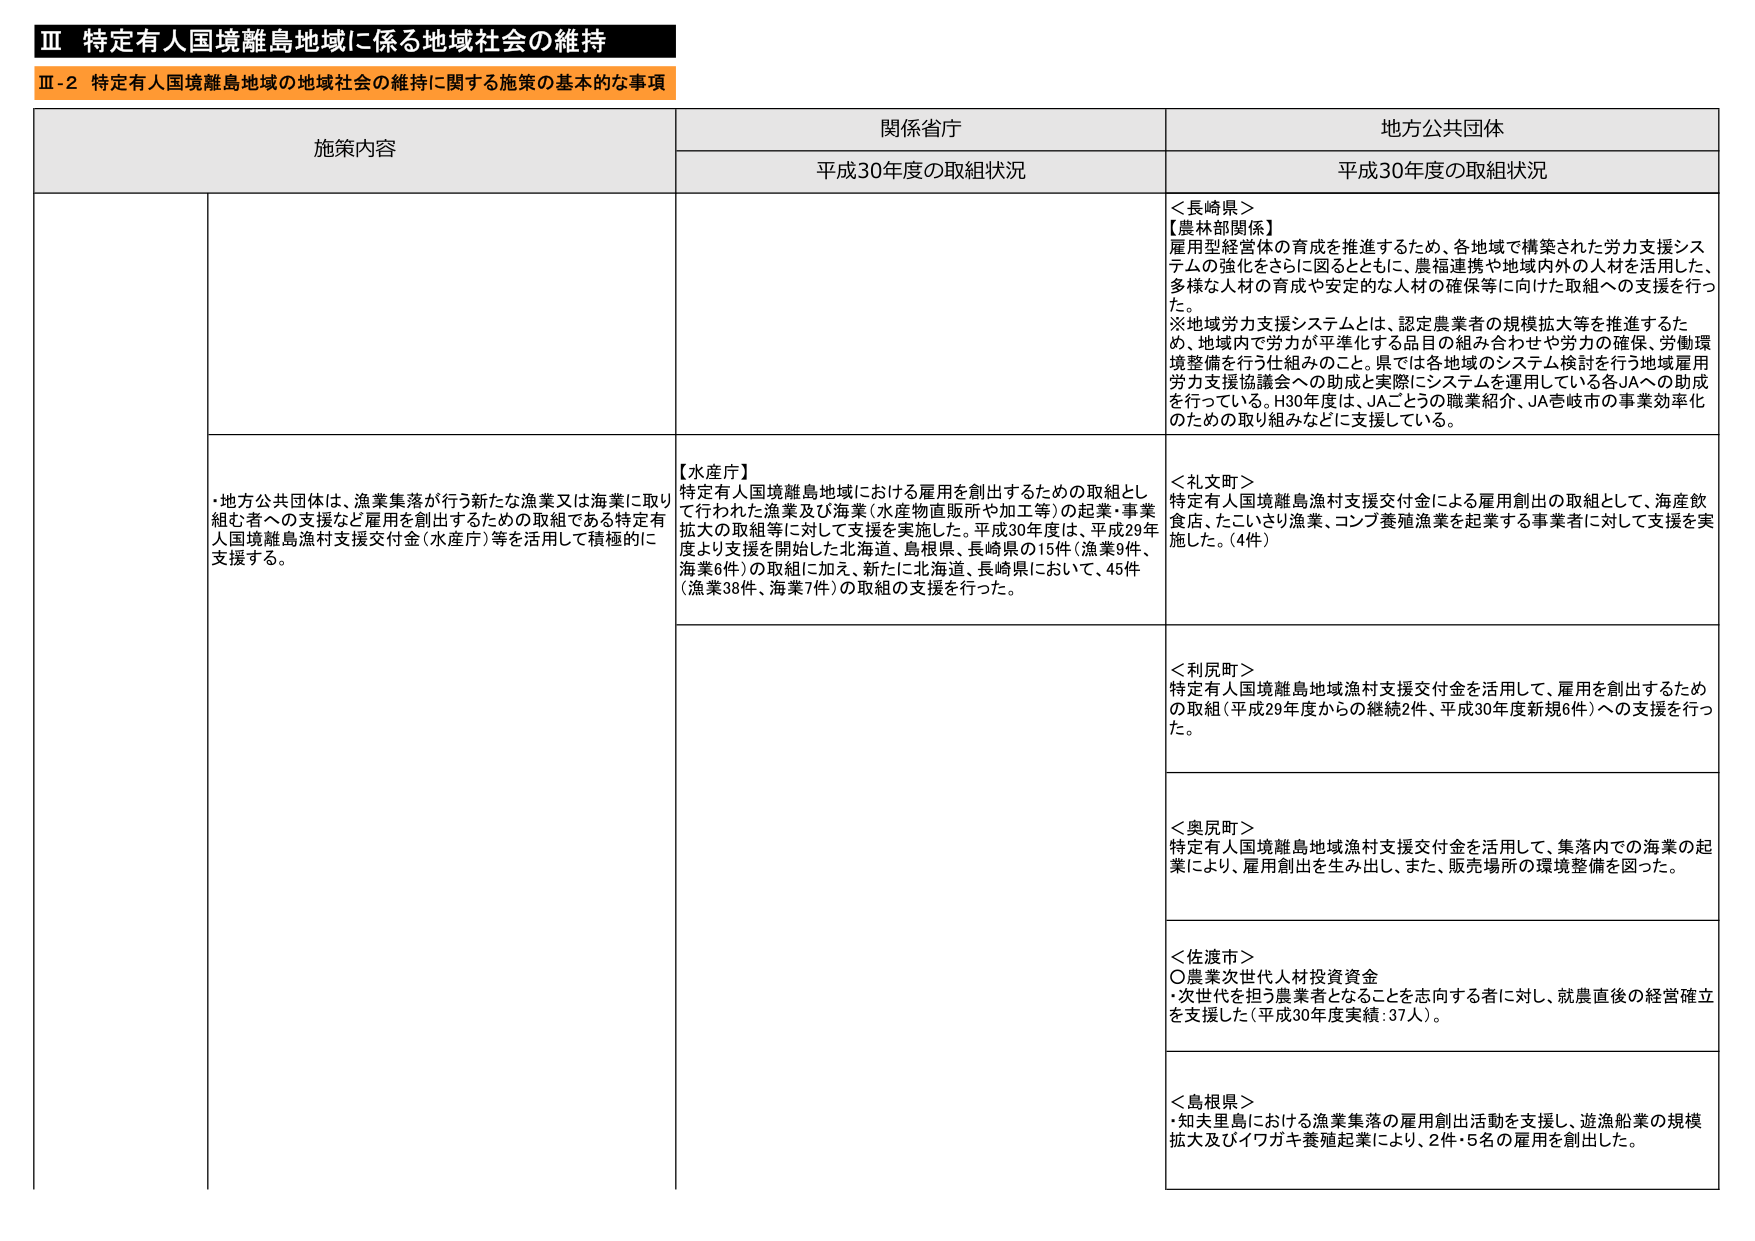
Ⅲ 特定有人国境離島地域に係る地域社会の維持
Ⅲ-2 特定有人国境離島地域の地域社会の維持に関する施策の基本的な事項

施策内容 関係省庁 地方公共団体
平成30年度の取組状況 平成30年度の取組状況

・地方公共団体は、漁業集落が行う新たな漁業又は海業に取り組む者への支援など雇用を創出するための取組である特定有人国境離島漁村支援交付金（水産庁）等を活用して積極的に支援する。

【農林部関係】
雇用型経営体の育成を推進するため、各地域で構築された労力支援システムの強化をさらに図るとともに、農福連携や地域内外の人材を活用した、多様な人材の育成や安定的な人材の確保等に向けた取組への支援を行った。
※地域労力支援システムとは、認定農業者の規模拡大等を推進するため、地域内で労力が平準化する品目の組み合わせや労力の確保、労働環境整備を行う仕組みのこと。県では各地域のシステム検討を行う地域雇用労力支援協議会への助成と実際にシステムを運用している各JAへの助成を行っている。H30年度は、JAごとうの職業紹介、JA壱岐市の事業効率化のための取り組みなどに支援している。

【水産庁】
特定有人国境離島地域における雇用を創出するための取組として行われた漁業及び海業（水産物直販所や加工等）の起業・事業拡大の取組等に対して支援を実施した。平成30年度は、平成29年度より支援を開始した北海道、島根県、長崎県の15件（漁業9件、海業6件）の取組に加え、新たに北海道、長崎県において、45件（漁業38件、海業7件）の取組の支援を行った。

＜長崎県＞
【農林部関係】
雇用型経営体の育成を推進するため、各地域で構築された労力支援システムの強化をさらに図るとともに、農福連携や地域内外の人材を活用した、多様な人材の育成や安定的な人材の確保等に向けた取組への支援を行った。
※地域労力支援システムとは、認定農業者の規模拡大等を推進するため、地域内で労力が平準化する品目の組み合わせや労力の確保、労働環境整備を行う仕組みのこと。県では各地域のシステム検討を行う地域雇用労力支援協議会への助成と実際にシステムを運用している各JAへの助成を行っている。H30年度は、JAごとうの職業紹介、JA壱岐市の事業効率化のための取り組みなどに支援している。

＜礼文町＞
特定有人国境離島漁村支援交付金による雇用創出の取組として、海産飲食店、たこいさり漁業、コンブ養殖漁業を起業する事業者に対して支援を実施した。（4件）

＜利尻町＞
特定有人国境離島地域漁村支援交付金を活用して、雇用を創出するための取組（平成29年度からの継続2件、平成30年度新規6件）への支援を行った。

＜奥尻町＞
特定有人国境離島地域漁村支援交付金を活用して、集落内での海業の起業により、雇用創出を生み出し、また、販売場所の環境整備を図った。

＜佐渡市＞
○農業次世代人材投資資金
・次世代を担う農業者となることを志向する者に対し、就農直後の経営確立を支援した（平成30年度実績：37人）。

＜島根県＞
・知夫里島における漁業集落の雇用創出活動を支援し、遊漁船業の規模拡大及びイワガキ養殖起業により、2件・5名の雇用を創出した。